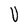
Character: U